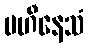
ပဟီနေသံ